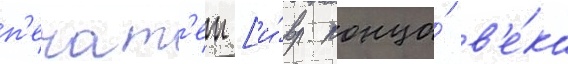
п'ечат'еи [и́вр. конца́ в'е́ка